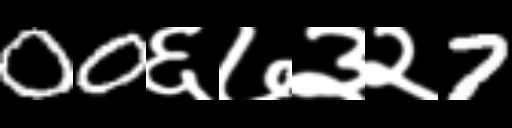
Text: 00६७३२7